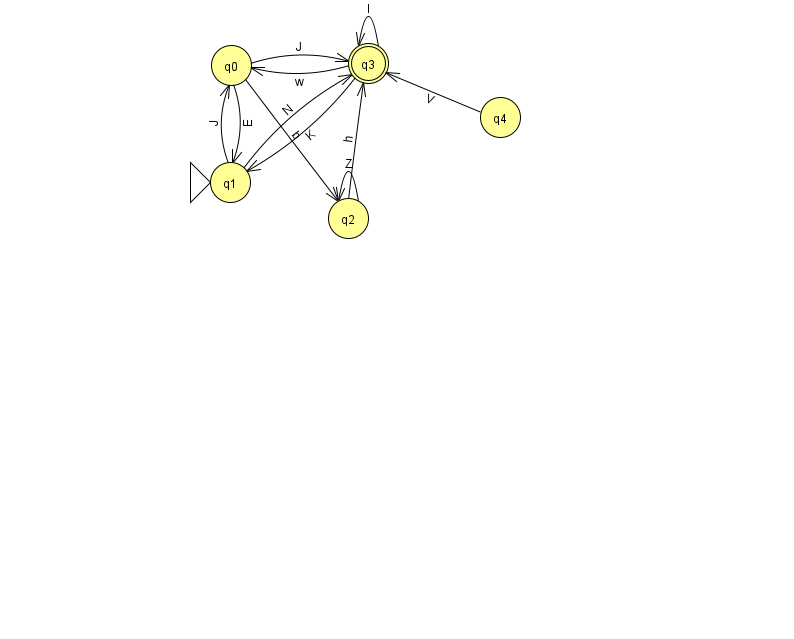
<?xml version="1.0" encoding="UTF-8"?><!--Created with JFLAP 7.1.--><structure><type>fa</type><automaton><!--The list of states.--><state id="0" name="q0"><x>231.0</x><y>52.0</y></state><state id="1" name="q1"><x>230.0</x><y>169.0</y><initial/></state><state id="2" name="q2"><x>348.0</x><y>205.0</y></state><state id="3" name="q3"><x>368.0</x><y>50.0</y><final/></state><state id="4" name="q4"><x>500.0</x><y>104.0</y></state><!--The list of transitions.--><transition><from>1</from><to>0</to><read>J</read></transition><transition><from>3</from><to>1</to><read>K</read></transition><transition><from>0</from><to>2</to><read>b</read></transition><transition><from>1</from><to>3</to><read>N</read></transition><transition><from>3</from><to>0</to><read>w</read></transition><transition><from>2</from><to>3</to><read>h</read></transition><transition><from>4</from><to>3</to><read>V</read></transition><transition><from>3</from><to>3</to><read>I</read></transition><transition><from>2</from><to>2</to><read>Z</read></transition><transition><from>0</from><to>3</to><read>J</read></transition><transition><from>0</from><to>1</to><read>E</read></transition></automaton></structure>